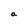
Character: a